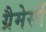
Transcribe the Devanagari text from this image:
ग्रैमेर्सी